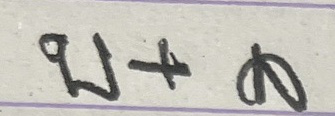
บ + ล